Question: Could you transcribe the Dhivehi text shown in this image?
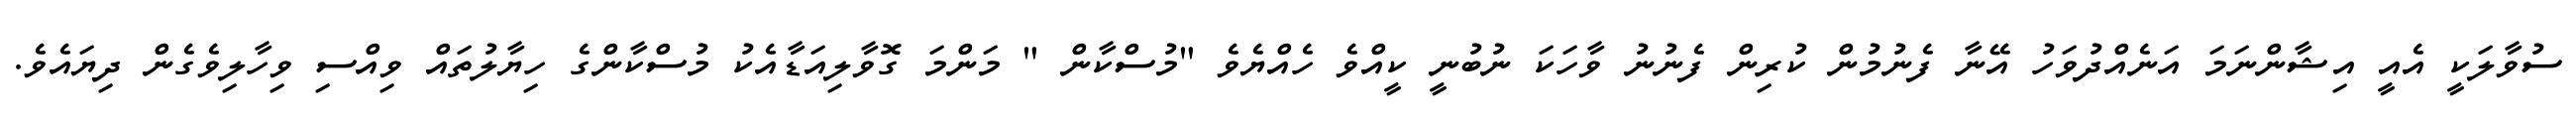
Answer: ސުވާލަކީ އެއީ އިޝާންނަމަ އަނެއްދުވަހު އޭނާ ފެނުމުން ކުރިން ފެނުނު ވާހަކަ ނުބުނީ ކީއްވެ ހެއްޔެވެ "މުސްކާން " މަންމަ ގޮވާލިއަޑާއެކު މުސްކާންގެ ހިޔާލުތައް ވިއްސި ވިހާލިވެގެން ދިޔައެވެ.